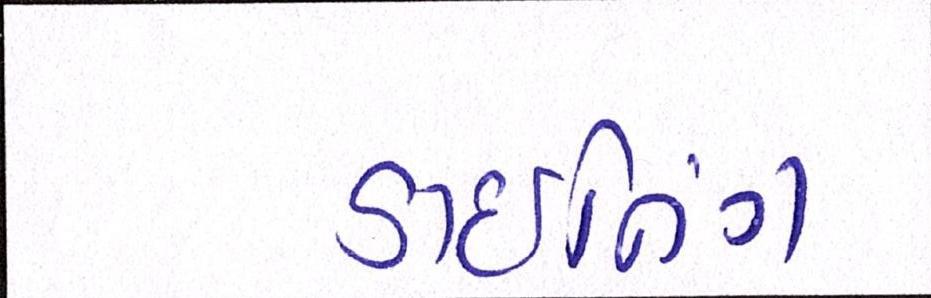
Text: ડાઈનિંગ